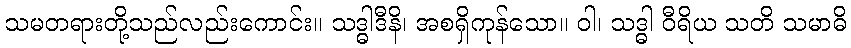
သမတရားတို့သည်လည်းကောင်း။ သဒ္ဓါဒီနိ၊ အစရှိကုန်သော။ ဝါ၊ သဒ္ဓါ ဝီရိယ သတိ သမာဓိ